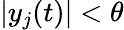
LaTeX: |y_{j}(t)|<\theta